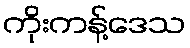
ကိုးကန့်ဒေသ